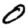
Digit: 0